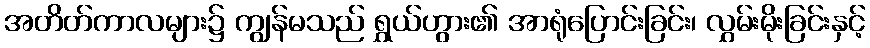
အတိတ်ကာလများ၌ ကျွန်မသည် ရွှယ်ဟွား၏ အာရုံပြောင်းခြင်း၊ လွှမ်းမိုးခြင်းနှင့်